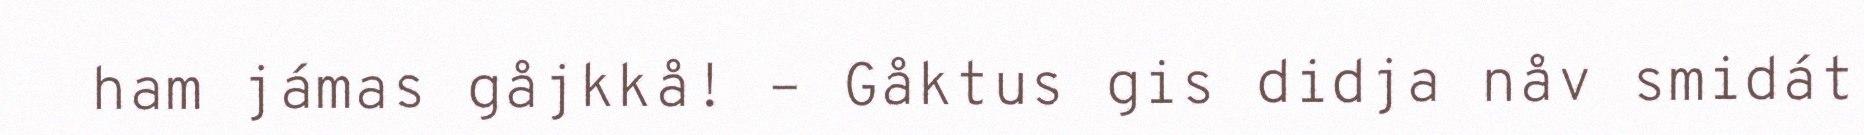
ham jámas gåjkkå! – Gåktus gis didja nåv smidát